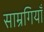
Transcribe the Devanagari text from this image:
साम्रगियाँ